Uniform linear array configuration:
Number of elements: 64
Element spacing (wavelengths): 0.75
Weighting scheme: hann
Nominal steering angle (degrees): -60
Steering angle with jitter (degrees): -58.212
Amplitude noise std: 0.05
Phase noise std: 0.05

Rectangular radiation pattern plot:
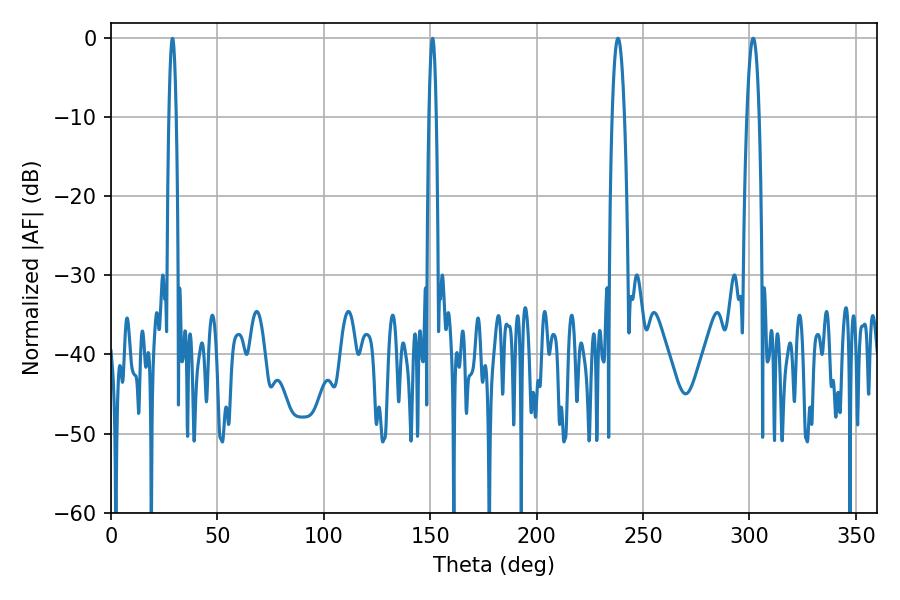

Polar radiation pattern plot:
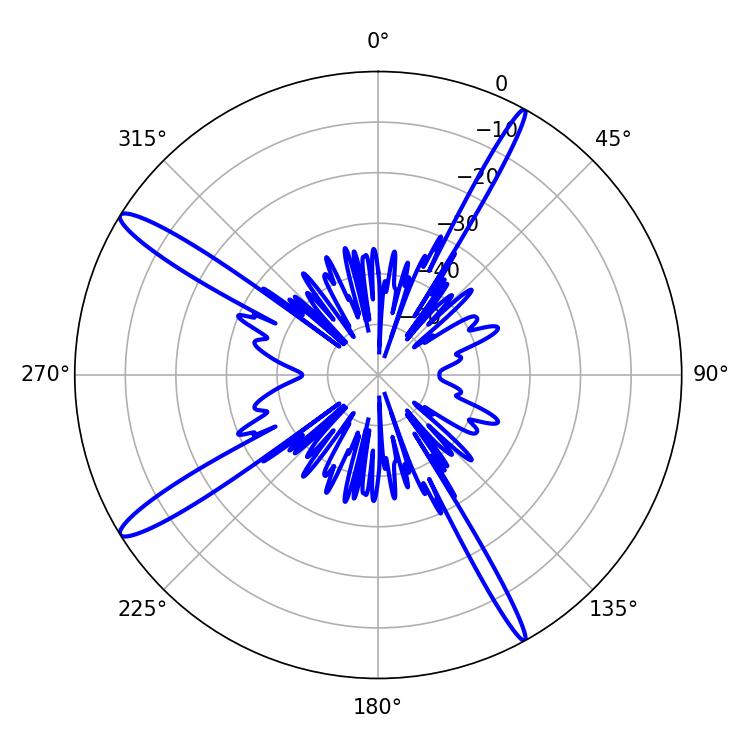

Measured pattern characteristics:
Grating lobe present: TRUE
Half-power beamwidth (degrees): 3.06
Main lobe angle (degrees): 301.86